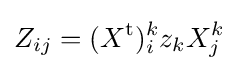
Z_{ij}=(X^{\mathrm {t} })_{i}^{k}z_{k}X_{j}^{k}